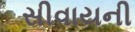
સીવાયની